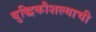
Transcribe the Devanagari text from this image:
बुद्धिकौशल्याची